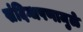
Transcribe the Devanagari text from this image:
संदिग्धपणामुळे